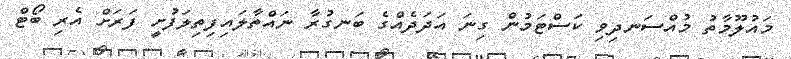
މައުލޫމާތު މުއްސަނދިވި ކަސްޓަމުން ގިނަ އަދަދެއްގެ ބަނގުރާ ނައްތާލައިފިތިލަފުށީ ފަރަށް އެރި ބޯޓް